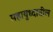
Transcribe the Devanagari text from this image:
महायुध्दातील